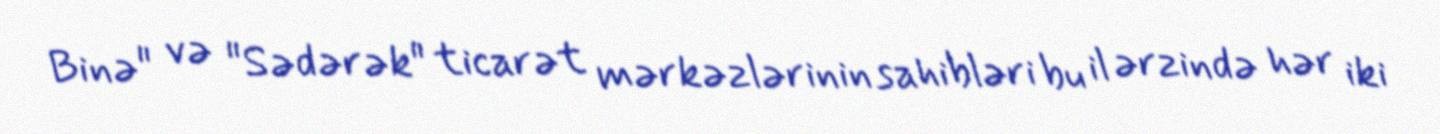
Binə" və "Sədərək" ticarət mərkəzlərinin sahibləri bu il ərzində hər iki